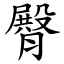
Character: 臀